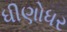
ધીણોધર